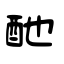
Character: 酏